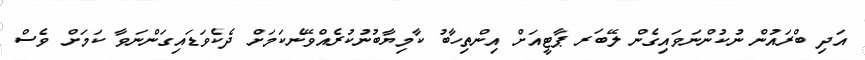
އަދި ބްރައުން ނުކުންނަވައިގެން ލޭބަރ ޕާޓީއަށް އިންތިހާބު ކާމިޔާބުނުކުރެއްވޭނެކަމަށް ދެކެވަޑައިގަންނަވާ ކަމަށް ވެސް